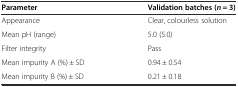
<table><thead><tr><td><b>Parameter</b></td><td><b>Validation batches (<i>n</i> = 3)</b></td></tr></thead><tbody><tr><td>Appearance</td><td>Clear, colourless solution</td></tr><tr><td>Mean pH (range)</td><td>5.0 (5.0)</td></tr><tr><td>Filter integrity</td><td>Pass</td></tr><tr><td>Mean impurity A (%) ± SD</td><td>0.94 ± 0.54</td></tr><tr><td>Mean impurity B (%) ± SD</td><td>0.21 ± 0.18</td></tr></tbody></table>